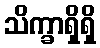
သိက္ခာရှိရှိ